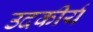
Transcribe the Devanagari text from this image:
उदकीर्य